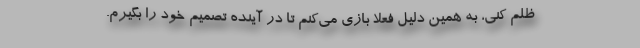
ظلم کنی، به همین دلیل فعلا بازی می‌کنم تا در آینده تصمیم خود را بگیرم.